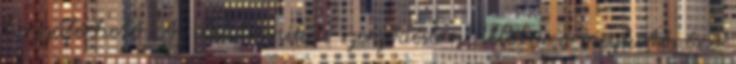
hozzáférhető. Az elektronikus szerződésben, illetve a megkötés és a